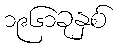
၁၉၆၁ခုနှစ်